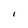
Character: I